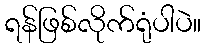
ရန်ဖြစ်လိုက်ရုံပါပဲ။